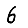
Digit: 6